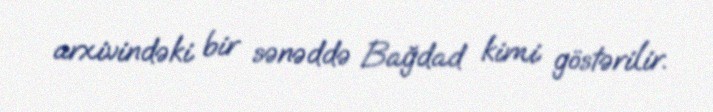
arxivindəki bir sənəddə Bağdad kimi göstərilir.